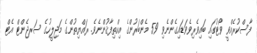
ފާސްކުރެއްވީ ވޯޓުގައި ބައިވެރިވެވަޑައިގެންނެވި 59 މެންބަރުންގެ އިއްތިފާޤުންނެވެ. ރައްޔިތުންގެ މަޖިލީހުގެ ސަރޖެންޓް އެޓް